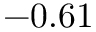
- 0 . 6 1